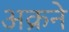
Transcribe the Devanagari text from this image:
अक्रने